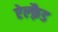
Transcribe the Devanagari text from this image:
ऐल्फ़्रैड